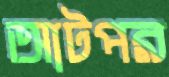
আটপর